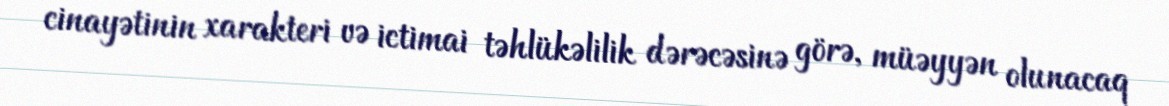
cinayətinin xarakteri və ictimai təhlükəlilik dərəcəsinə görə, müəyyən olunacaq